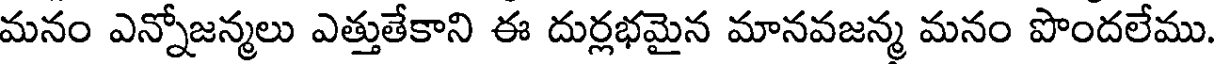
మనం ఎన్నోజన్మలు ఎత్తుతేకాని ఈ దుర్లభమైన మానవజన్మ మనం పొందలేము.